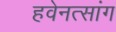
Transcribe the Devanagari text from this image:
हवेनत्सांग